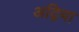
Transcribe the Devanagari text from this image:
अद्विया